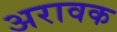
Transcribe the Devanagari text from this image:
अरावक